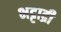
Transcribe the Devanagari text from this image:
भट्टाद्री